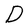
Character: D